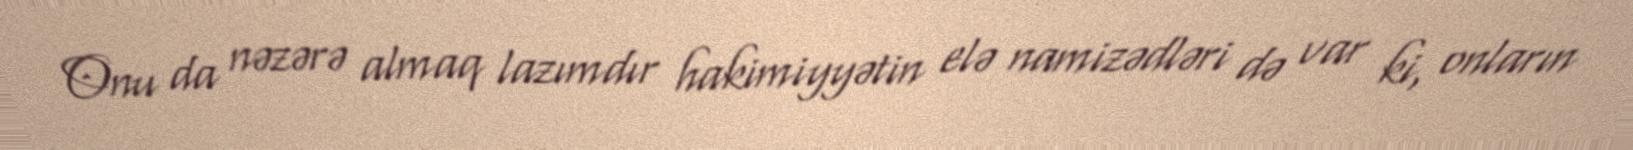
Onu da nəzərə almaq lazımdır hakimiyyətin elə namizədləri də var ki, onların